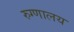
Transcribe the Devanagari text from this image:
रुग्‍णालय